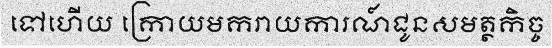
ទៅហើយ ក្រោយមករាយការណ៍ជូនសមត្ថកិច្ច